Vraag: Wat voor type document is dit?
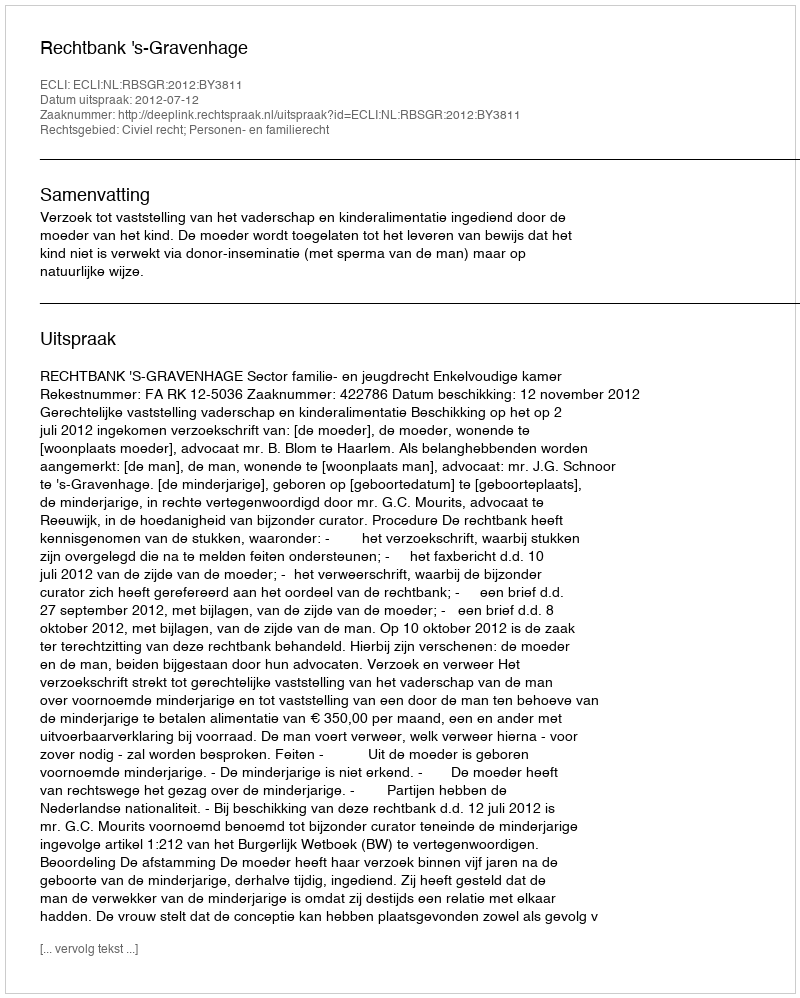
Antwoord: Uitspraak